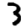
Digit: 3